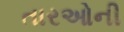
તારઓની